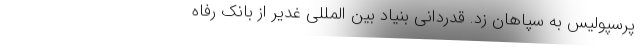
پرسپولیس به سپاهان زد. قدردانی بنیاد بین المللی غدیر از بانک رفاه